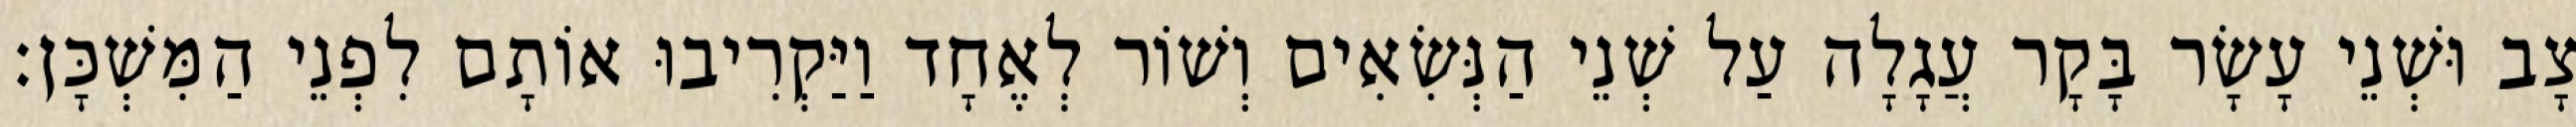
צָב וּשְׁנֵי עָשָׂר בָּקָר עֲגָלָה עַל שְׁנֵי הַנְּשִׂאִים וְשׁוֹר לְאֶחָד וַיַּקְרִיבוּ אוֹתָם לִפְנֵי הַמִּשְׁכָּן׃